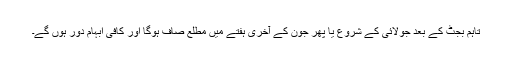
تاہم بجٹ کے بعد جولائی کے شروع یا پھر جون کے آخری ہفتے میں مطلع صاف ہوگا اور کافی ابہام دور ہوں گے۔